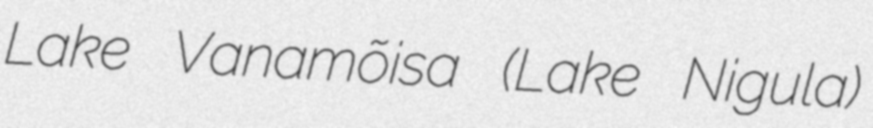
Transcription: Lake Vanamõisa (Lake Nigula)